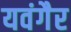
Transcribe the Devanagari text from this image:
यवंगैर